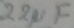
Text: 22µF